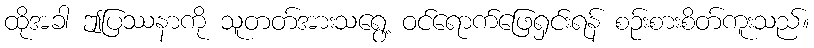
ထိုအခါ ဤပြဿနာကို သူတတ်အားသရွေ့ ဝင်ရောက်ဖြေရှင်းရန် စဉ်းစားစိတ်ကူးသည်။